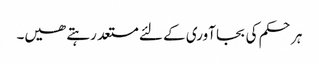
ہر حکم کی بجا آوری کے لئے مستعد رہتے ھیں۔